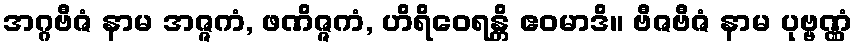
အဂ္ဂဗီဇံ နာမ အဇ္ဇကံ, ဖဏိဇ္ဇကံ, ဟိရိဝေရန္တိ ဧဝမာဒိ။ ဗီဇဗီဇံ နာမ ပုဗ္ဗဏ္ဏံ